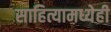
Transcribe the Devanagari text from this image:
साहित्यामध्येही